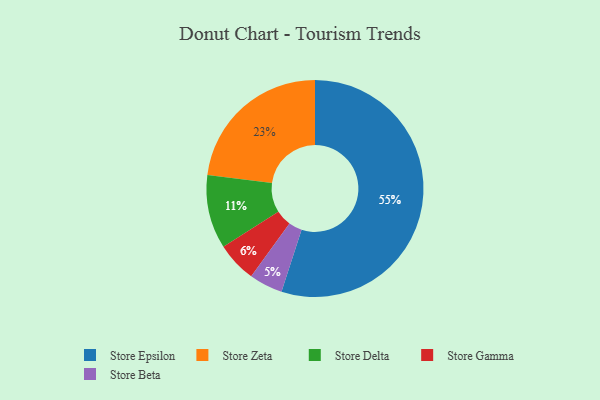
{"axis": {"x": "Category", "y": "Percentage"}, "legend": ["Store Beta", "Store Delta", "Store Epsilon", "Store Gamma", "Store Zeta"], "data": [{"x": "Store Epsilon", "y": 55, "type": "Store Epsilon"}, {"x": "Store Beta", "y": 5, "type": "Store Beta"}, {"x": "Store Gamma", "y": 6, "type": "Store Gamma"}, {"x": "Store Delta", "y": 11, "type": "Store Delta"}, {"x": "Store Zeta", "y": 23, "type": "Store Zeta"}]}